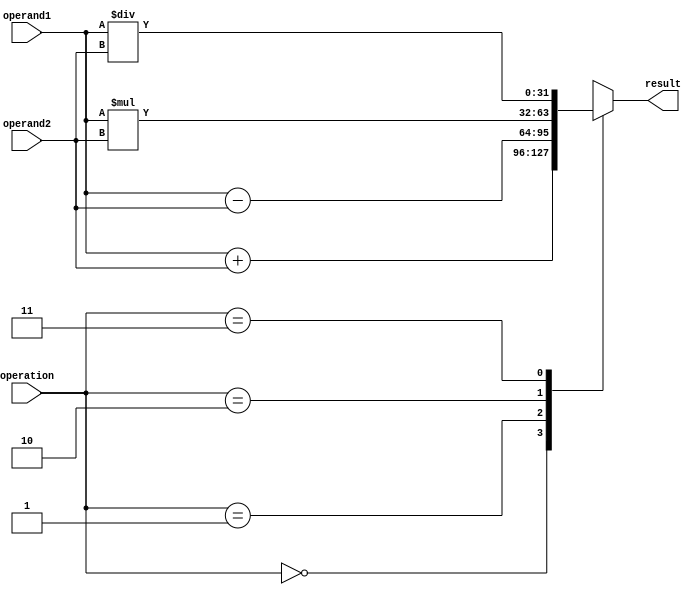
module fixed_point_floating_point_unit (
    input [31:0] operand1,
    input [31:0] operand2,
    input [1:0] operation,
    output reg [31:0] result
);

always @(*)
begin
    case (operation)
        2'b00: result = operand1 + operand2; // Addition
        2'b01: result = operand1 - operand2; // Subtraction
        2'b10: result = operand1 * operand2; // Multiplication
        2'b11: result = operand1 / operand2; // Division
        default: result = 32'b0; // Default to zero
    endcase
end

endmodule